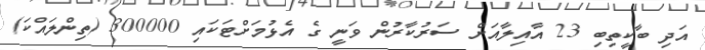
އަދި ބާކީތިބި 23 އާއިލާއަށް ސަރުކާރުން ވަނީ ގެ އެޅުމަށްޓަކައި 300000 (ތިންލައްކަ)